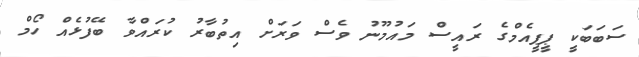
ސަބަބަކީ ޕީޕީއެމްގެ ރައީސް މައުމޫނު ވެސް ވަރަށް އިތުބާރު ކުރައްވާ ބޭފުޅެއް ހޯމް